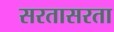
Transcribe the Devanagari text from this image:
सरतासरता